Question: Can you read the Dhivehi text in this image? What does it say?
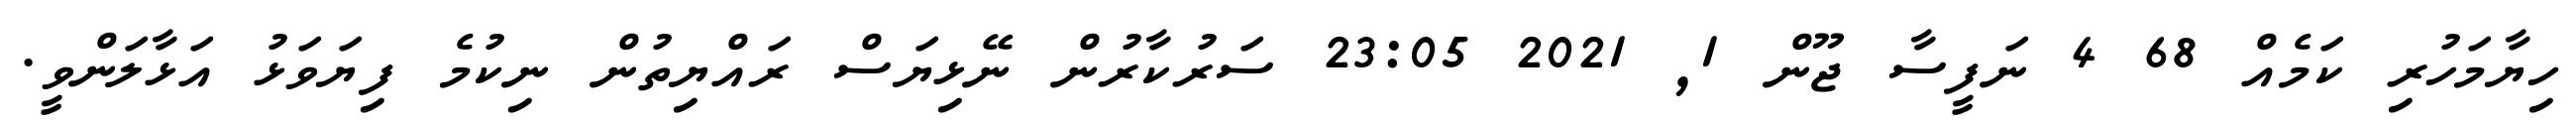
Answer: ހިޔާމަހުރި ކަމެއް 68 4 ނަފީސާ ޖޫން 1, 2021 23:05 ސަރުކާރުން ނޭޅިޔަސް ރައްޔިތުން ނިކުމެ ފިޔަވަޅު އަޅާލަންވީ.